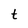
Character: t